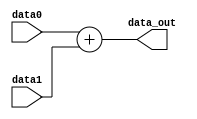
module adder ( data0, data1, data_out );
        input [31:0] data0, data1;
        output reg [31:0] data_out;

        always @(data0, data1) 
        begin
            data_out = data0 + data1;
        end
endmodule